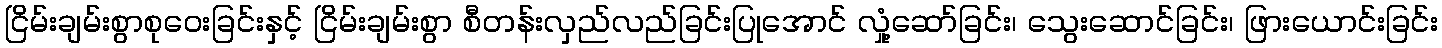
ငြိမ်းချမ်းစွာစုဝေးခြင်းနှင့် ငြိမ်းချမ်းစွာ စီတန်းလှည်လည်ခြင်းပြုအောင် လှုံ့ဆော်ခြင်း၊ သွေးဆောင်ခြင်း၊ ဖြားယောင်းခြင်း